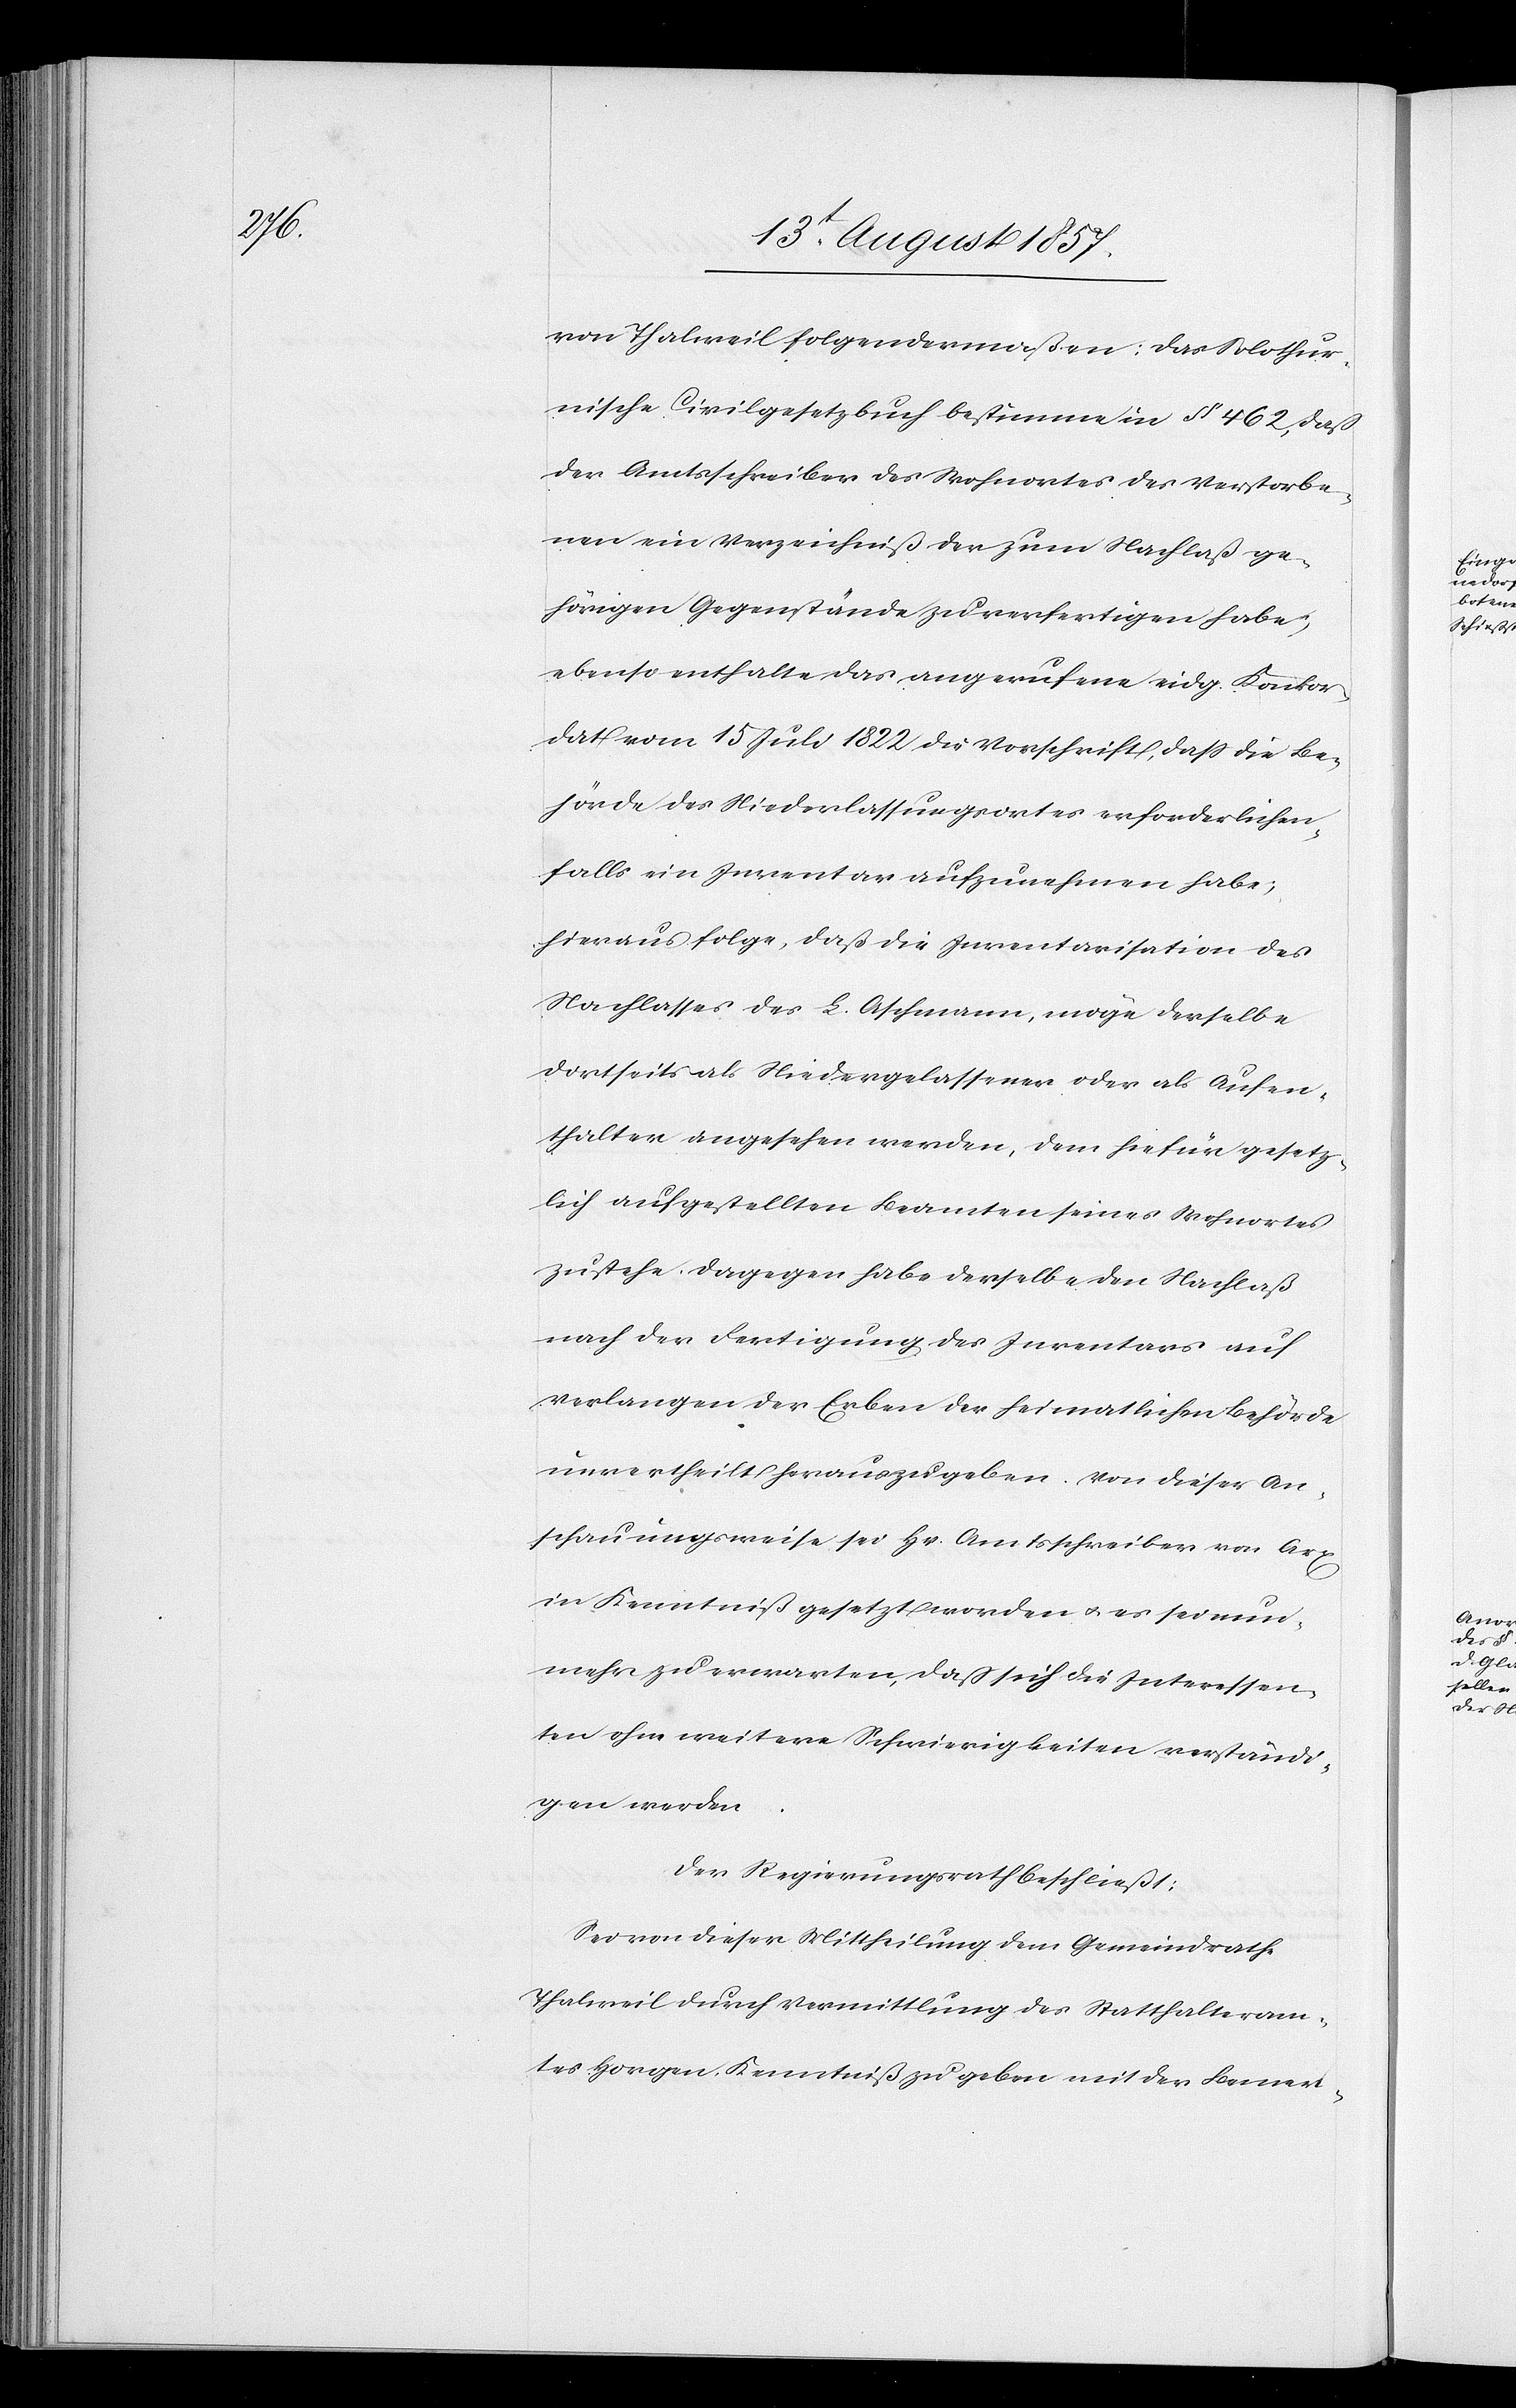
von Thalweil folgendermaßen: Das Solothur¬
nische Civilgesetzbuch bestimme in § 462, daß
der Amtsschreiber des Wohnortes des Verstorbe¬
nen ein Verzeichniß der zum Nachlaß ge¬
hörigen Gegenstände zu rechtfertigen habe,
ebenso enthalte das angerufene eidg. Konkor¬
dat vom 15 Juli 1822 die Vorschrift, daß die Be¬
hörde des Niederlassungsortes erforderlichen¬
falls ein Inventar aufzunehmen habe;
hieraus folge, daß die Inventarisation des
Nachlasses des L. Aschmann, möge derselbe
dortseits als Niedergelassener oder als Aufen¬
thalter angesehen werden, dem hiefür gesetz¬
lich aufgestellten Beamten seines Wohnortes
zustehe. Dagegen habe derselbe den Nachlaß
nach der Fertigung des Inventars auf
Verlangen der Erben der heimatlichen Behörde
unvertheilt herauszugeben. Von dieser An¬
schauungsweise sei Hr. Amtsschreiber von Arx
in Kenntniß gesetzt worden & es sei nun¬
mehr zu erwarten, daß sich die Interessen¬
ten ohne weitere Schwierigkeiten verständi¬
gen werden.
Der Regierungsrath beschließt:
Sei von dieser Mittheilung dem Gemeindrathe
Thalweil durch Vermittlung des Statthalteram¬
tes Horgen, Kenntniß zu geben mit der Bemer-